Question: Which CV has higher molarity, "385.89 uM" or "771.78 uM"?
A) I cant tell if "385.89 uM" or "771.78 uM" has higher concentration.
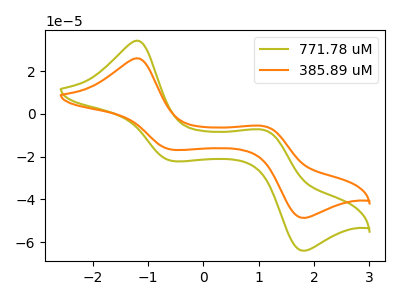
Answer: <think>The olive curve "771.78 uM" has anodic peaks at (-1.20V, 34.30uA) (1.10V, -7.60uA) and cathodic peaks at (-0.55V, -22.00uA) (1.80V, -64.05uA). The orange curve "385.89 uM" has anodic peaks at (-1.20V, 26.05uA) (1.10V, -5.80uA) and cathodic peaks at (-0.55V, -16.70uA) (1.80V, -48.65uA).
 All the peaks in "385.89 uM" have a peak in "771.78 uM" at the same potential.</think>
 <answer>A) I cant tell if "385.89 uM" or "771.78 uM" has higher concentration.</answer>
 <eval>A</eval>